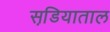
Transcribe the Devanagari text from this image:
सडि़याताल